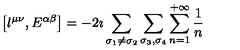
\left[ l ^ { \mu \nu } , E ^ { \alpha \beta } \right] = - 2 \imath \sum _ { \sigma _ { 1 } \neq \sigma _ { 2 } } \sum _ { \sigma _ { 3 } , \sigma _ { 4 } } \sum _ { n = 1 } ^ { + \infty } \frac { 1 } { n }